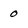
Character: 0